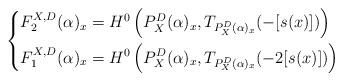
LaTeX: \begin{align*}\left \{ \begin{aligned} F_2^{X, D}(\alpha)_x &= H^0\left(P^D_X(\alpha)_x, T_{P^D_X(\alpha)_x}(-[s(x)])\right) \\F_1^{X, D}(\alpha)_x &= H^0\left(P^D_X(\alpha)_x, T_{P^D_X(\alpha)_x}(-2[s(x)]) \right) \end{aligned} \right .\end{align*}